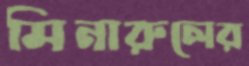
মিনারুলের